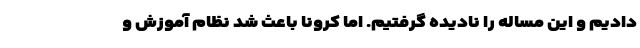
دادیم و این مساله را نادیده گرفتیم. اما کرونا باعث شد نظام آموزش و